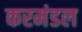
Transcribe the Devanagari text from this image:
करमंडल